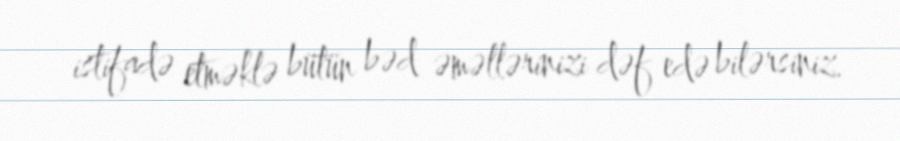
istifadə etməklə bütün bəd əməllərinizi dəf edə bilərsiniz.